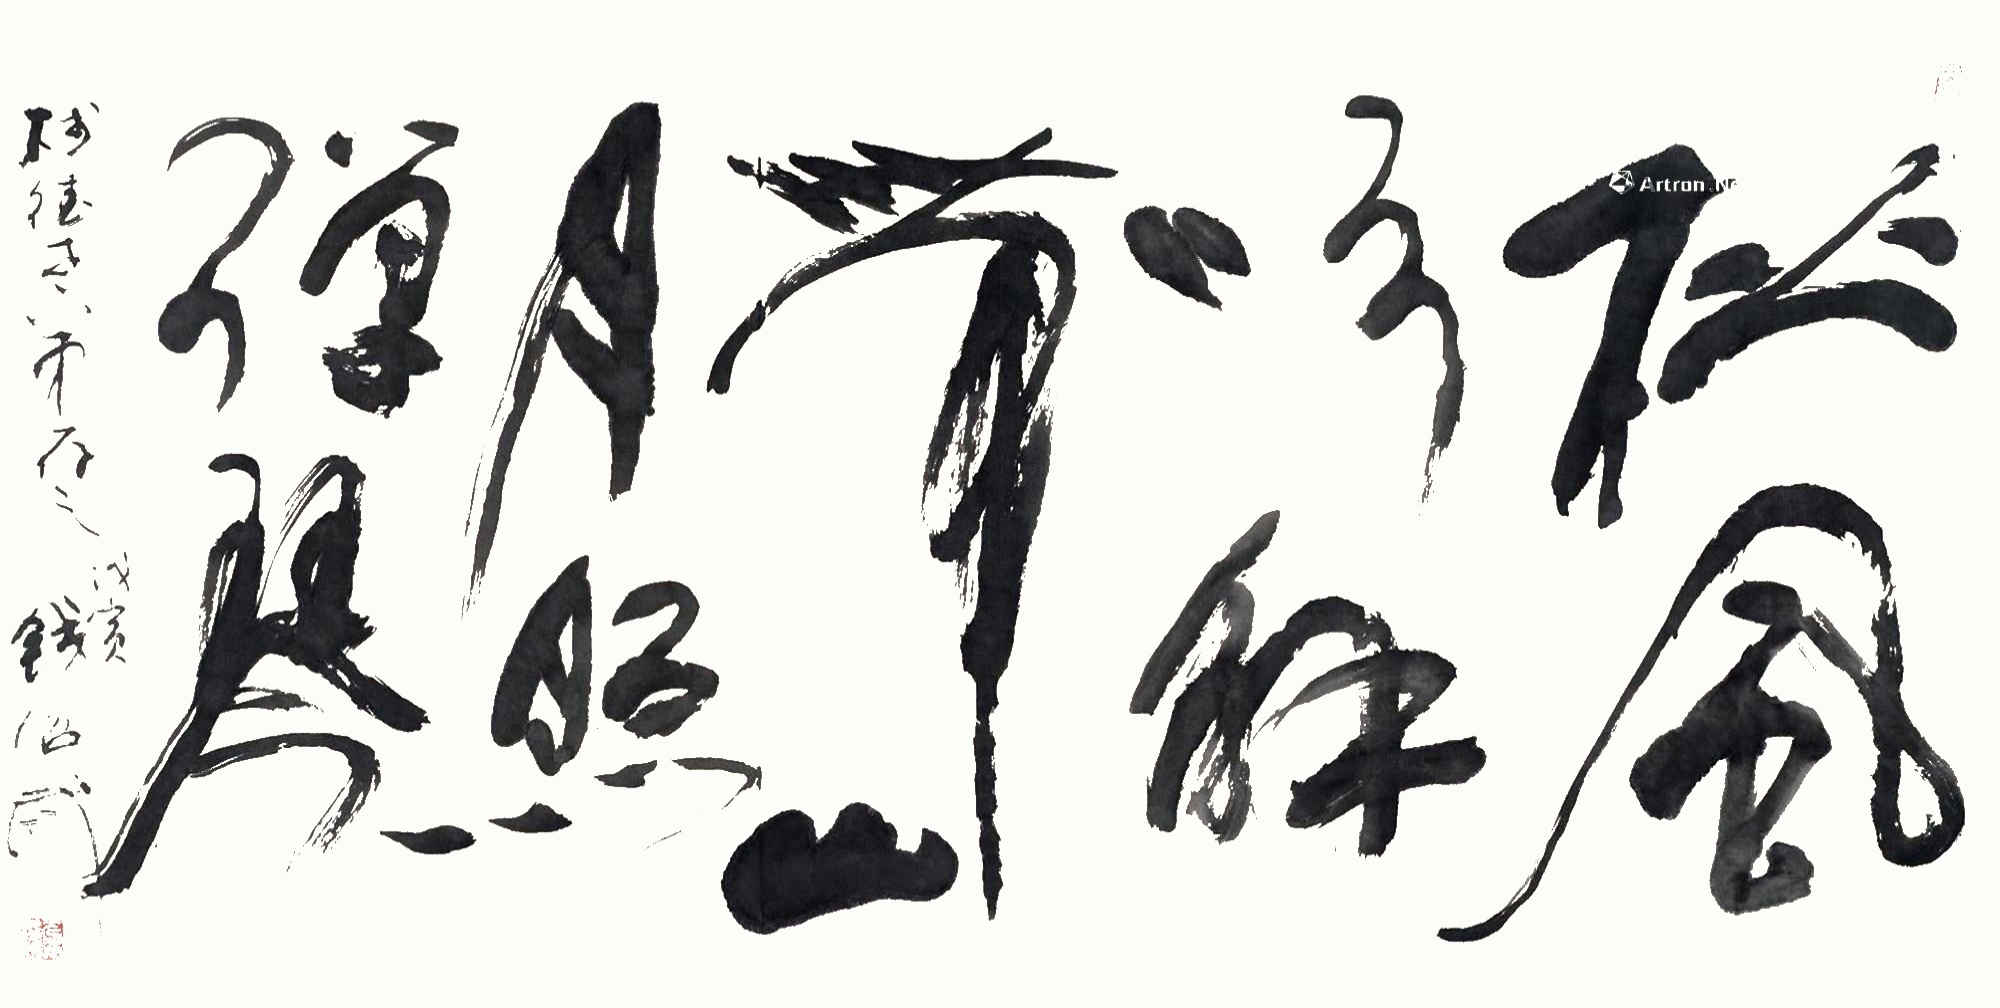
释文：松风吹解带，山月照弹琴。树德老弟存之，戊寅，钱绍武。